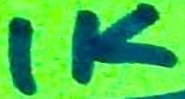
Text: 1K